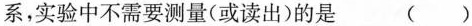
系，实验中不需要测量（或读出）的是 （ ）